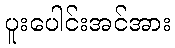
ပူးပေါင်းအင်အား